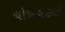
ચોખવટથી